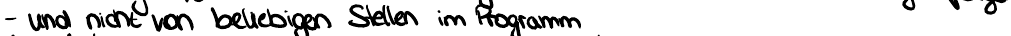
- und nicht von beliebigen Stellen im Programm